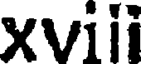
xvili